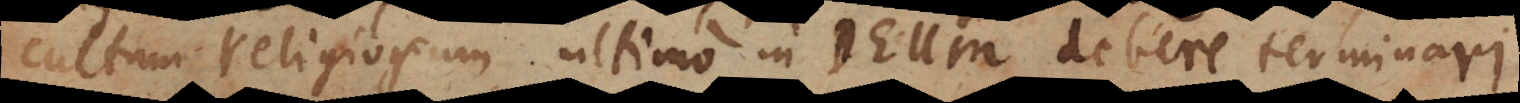
cultum religiosum ultimo in Deum debere terminari